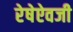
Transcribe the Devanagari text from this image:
रेषेऐवजी